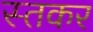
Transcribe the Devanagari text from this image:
स्तकर